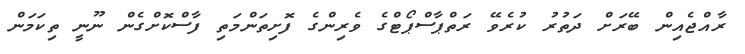
ރާއްޖެއިން ބޭރަށް ދަތުރު ކުރެވޭ ރަތްޕާސްޕޯޓްގެ ވެރިންގެ ފޮށިތަންމަތި ފާސްކޮށްގެން ނޫނީ ތިކަމަން